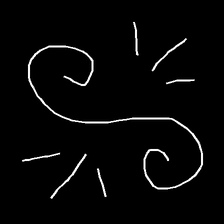
Glyph: wind-directs-air